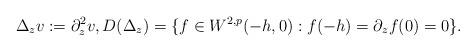
LaTeX: \begin{align*}\Delta_z v := \partial_z^2 v, D(\Delta_z)=\{ f\in W^{2,p}(-h,0):f(-h)=\partial_z f(0)=0 \}.\end{align*}